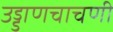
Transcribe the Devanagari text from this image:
उड्डाणचाचणी